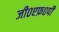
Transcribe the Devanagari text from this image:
जी०एफ़०पी